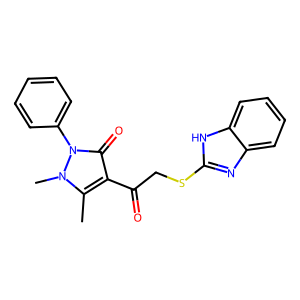
SMILES: Cc1c(C(=O)CSc2nc3ccccc3[nH]2)c(=O)n(-c2ccccc2)n1C
Inhibits HIV replication: No